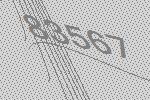
83567